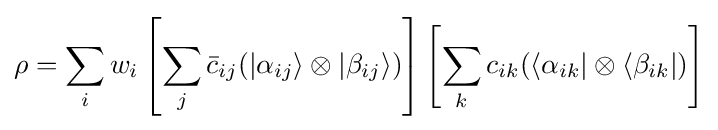
\rho =\sum _{i}w_{i}\left[\sum _{j}{\bar {c}}_{ij}(|\alpha _{ij}\rangle \otimes |\beta _{ij}\rangle )\right]\left[\sum _{k}c_{ik}(\langle \alpha _{ik}|\otimes \langle \beta _{ik}|)\right]